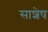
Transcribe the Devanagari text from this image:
साशेष